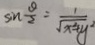
\sin \frac { \theta } { 2 } = \frac { 1 } { \sqrt { x ^ { 2 } + y ^ { 2 } } }